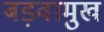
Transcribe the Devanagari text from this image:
बड़वामुख